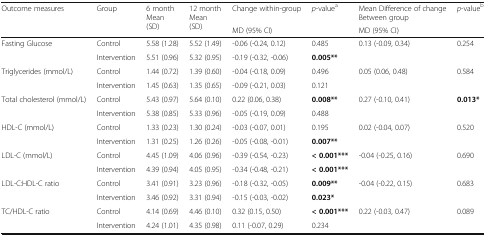
<table><thead><tr><td rowspan="2"><b>Outcome measures</b></td><td rowspan="2"><b>Group</b></td><td rowspan="2"><b>6 monthMean (SD)</b></td><td rowspan="2"><b>12 monthMean (SD)</b></td><td><b>Change within-group</b></td><td rowspan="2"><b><i>p</i>-value<sup>a</sup></b></td><td><b>Mean Difference of change Between group</b></td><td rowspan="2"><b><i>p</i>-value<sup>b</sup></b></td></tr><tr><td><b>MD (95% CI)</b></td><td><b>MD (95% CI)</b></td></tr></thead><tbody><tr><td rowspan="2">Fasting Glucose</td><td>Control</td><td>5.58 (1.28)</td><td>5.52 (1.49)</td><td>-0.06 (-0.24, 0.12)</td><td>0.485</td><td rowspan="2">0.13 (-0.09, 0.34)</td><td rowspan="2">0.254</td></tr><tr><td>Intervention</td><td>5.51 (0.96)</td><td>5.32 (0.95)</td><td>-0.19 (-0.32, -0.06)</td><td><b>0.005**</b></td></tr><tr><td rowspan="2">Triglycerides (mmol/L)</td><td>Control</td><td>1.44 (0.72)</td><td>1.39 (0.60)</td><td>-0.04 (-0.18, 0.09)</td><td>0.496</td><td rowspan="2">0.05 (0.06, 0.48)</td><td rowspan="2">0.584</td></tr><tr><td>Intervention</td><td>1.45 (0.63)</td><td>1.35 (0.65)</td><td>-0.09 (-0.21, 0.03)</td><td>0.121</td></tr><tr><td rowspan="2">Total cholesterol (mmol/L)</td><td>Control</td><td>5.43 (0.97)</td><td>5.64 (0.10)</td><td>0.22 (0.06, 0.38)</td><td><b>0.008**</b></td><td rowspan="2">0.27 (-0.10, 0.41)</td><td rowspan="2"><b>0.013*</b></td></tr><tr><td>Intervention</td><td>5.38 (0.85)</td><td>5.33 (0.96)</td><td>-0.05 (-0.19, 0.09)</td><td>0.488</td></tr><tr><td rowspan="2">HDL-C (mmol/L)</td><td>Control</td><td>1.33 (0.23)</td><td>1.30 (0.24)</td><td>-0.03 (-0.07, 0.01)</td><td>0.195</td><td rowspan="2">0.02 (-0.04, 0.07)</td><td rowspan="2">0.520</td></tr><tr><td>Intervention</td><td>1.31 (0.25)</td><td>1.26 (0.26)</td><td>-0.05 (-0.08, -0.01)</td><td><b>0.007**</b></td></tr><tr><td rowspan="2">LDL-C (mmol/L)</td><td>Control</td><td>4.45 (1.09)</td><td>4.06 (0.96)</td><td>-0.39 (-0.54, -0.23)</td><td><b>&lt; 0.001***</b></td><td rowspan="2">-0.04 (-0.25, 0.16)</td><td rowspan="2">0.690</td></tr><tr><td>Intervention</td><td>4.39 (0.94)</td><td>4.05 (0.95)</td><td>-0.34 (-0.48, -0.21)</td><td><b>&lt; 0.001***</b></td></tr><tr><td rowspan="2">LDL-C:HDL-C ratio</td><td>Control</td><td>3.41 (0.91)</td><td>3.23 (0.96)</td><td>-0.18 (-0.32, -0.05)</td><td><b>0.009**</b></td><td rowspan="2">-0.04 (-0.22, 0.15)</td><td rowspan="2">0.683</td></tr><tr><td>Intervention</td><td>3.46 (0.92)</td><td>3.31 (0.94)</td><td>-0.15 (-0.03, -0.02)</td><td><b>0.023*</b></td></tr><tr><td rowspan="2">TC/HDL-C ratio</td><td>Control</td><td>4.14 (0.69)</td><td>4.46 (0.10)</td><td>0.32 (0.15, 0.50)</td><td><b>&lt; 0.001***</b></td><td rowspan="2">0.22 (-0.03, 0.47)</td><td rowspan="2">0.089</td></tr><tr><td>Intervention</td><td>4.24 (1.01)</td><td>4.35 (0.98)</td><td>0.11 (-0.07, 0.29)</td><td>0.234</td></tr></tbody></table>